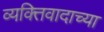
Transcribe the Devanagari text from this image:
व्यक्तिवादाच्या